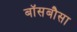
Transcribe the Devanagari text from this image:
बॉसबौसा